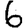
Digit: 6